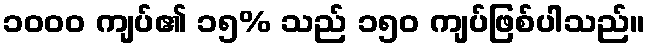
၁၀၀၀ ကျပ်၏ ၁၅% သည် ၁၅၀ ကျပ်ဖြစ်ပါသည်။